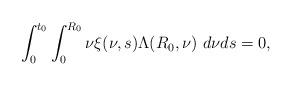
LaTeX: \begin{align*} \int_{0}^{t_{0}}\int_{0}^{R_{0}}\nu\xi(\nu,s)\Lambda(R_{0},\nu)\ d\nu ds=0, \end{align*}